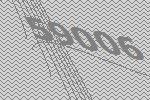
59006